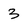
Character: 3